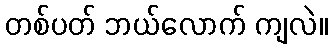
တစ်ပတ် ဘယ်လောက် ကျလဲ။